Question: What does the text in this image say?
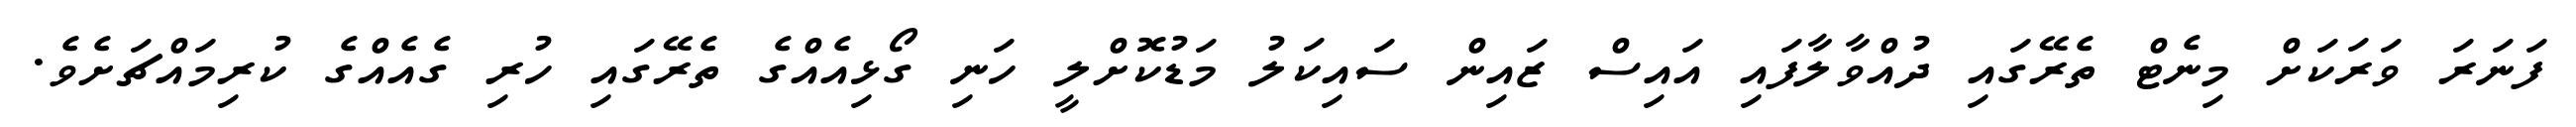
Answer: ފަނަރަ ވަރަކަށް މިނެޓް ތެރޭގައި ދުއްވާލާފައި އައިސް ޒައިން ސައިކަލު މަޑުކޮށްލީ ހަނި ގޯޅިއެއްގެ ތެރޭގައި ހުރި ގެއެއްގެ ކުރިމައްޗަށެވެ.